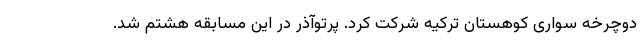
دوچرخه سواری کوهستان ترکیه شرکت کرد. پرتوآذر در این مسابقه هشتم شد.